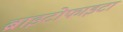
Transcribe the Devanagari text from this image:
ब्राइटोफाइटा